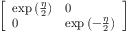
\left[ \begin{array} { l l } { \exp \left( { \frac { \eta } { 2 } } \right) } & { 0 } \\ { 0 } & { \exp \left( - { \frac { \eta } { 2 } } \right) } \end{array} \right]